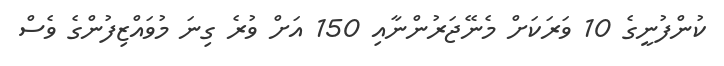
ކުންފުނީގެ 10 ވަރަކަށް މެނޭޖަރުންނާއި 150 އަށް ވުރެ ގިނަ މުވައްޒިފުންގެ ވެސް